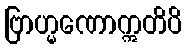
ဗြာဟ္မဏောဣတိပိ